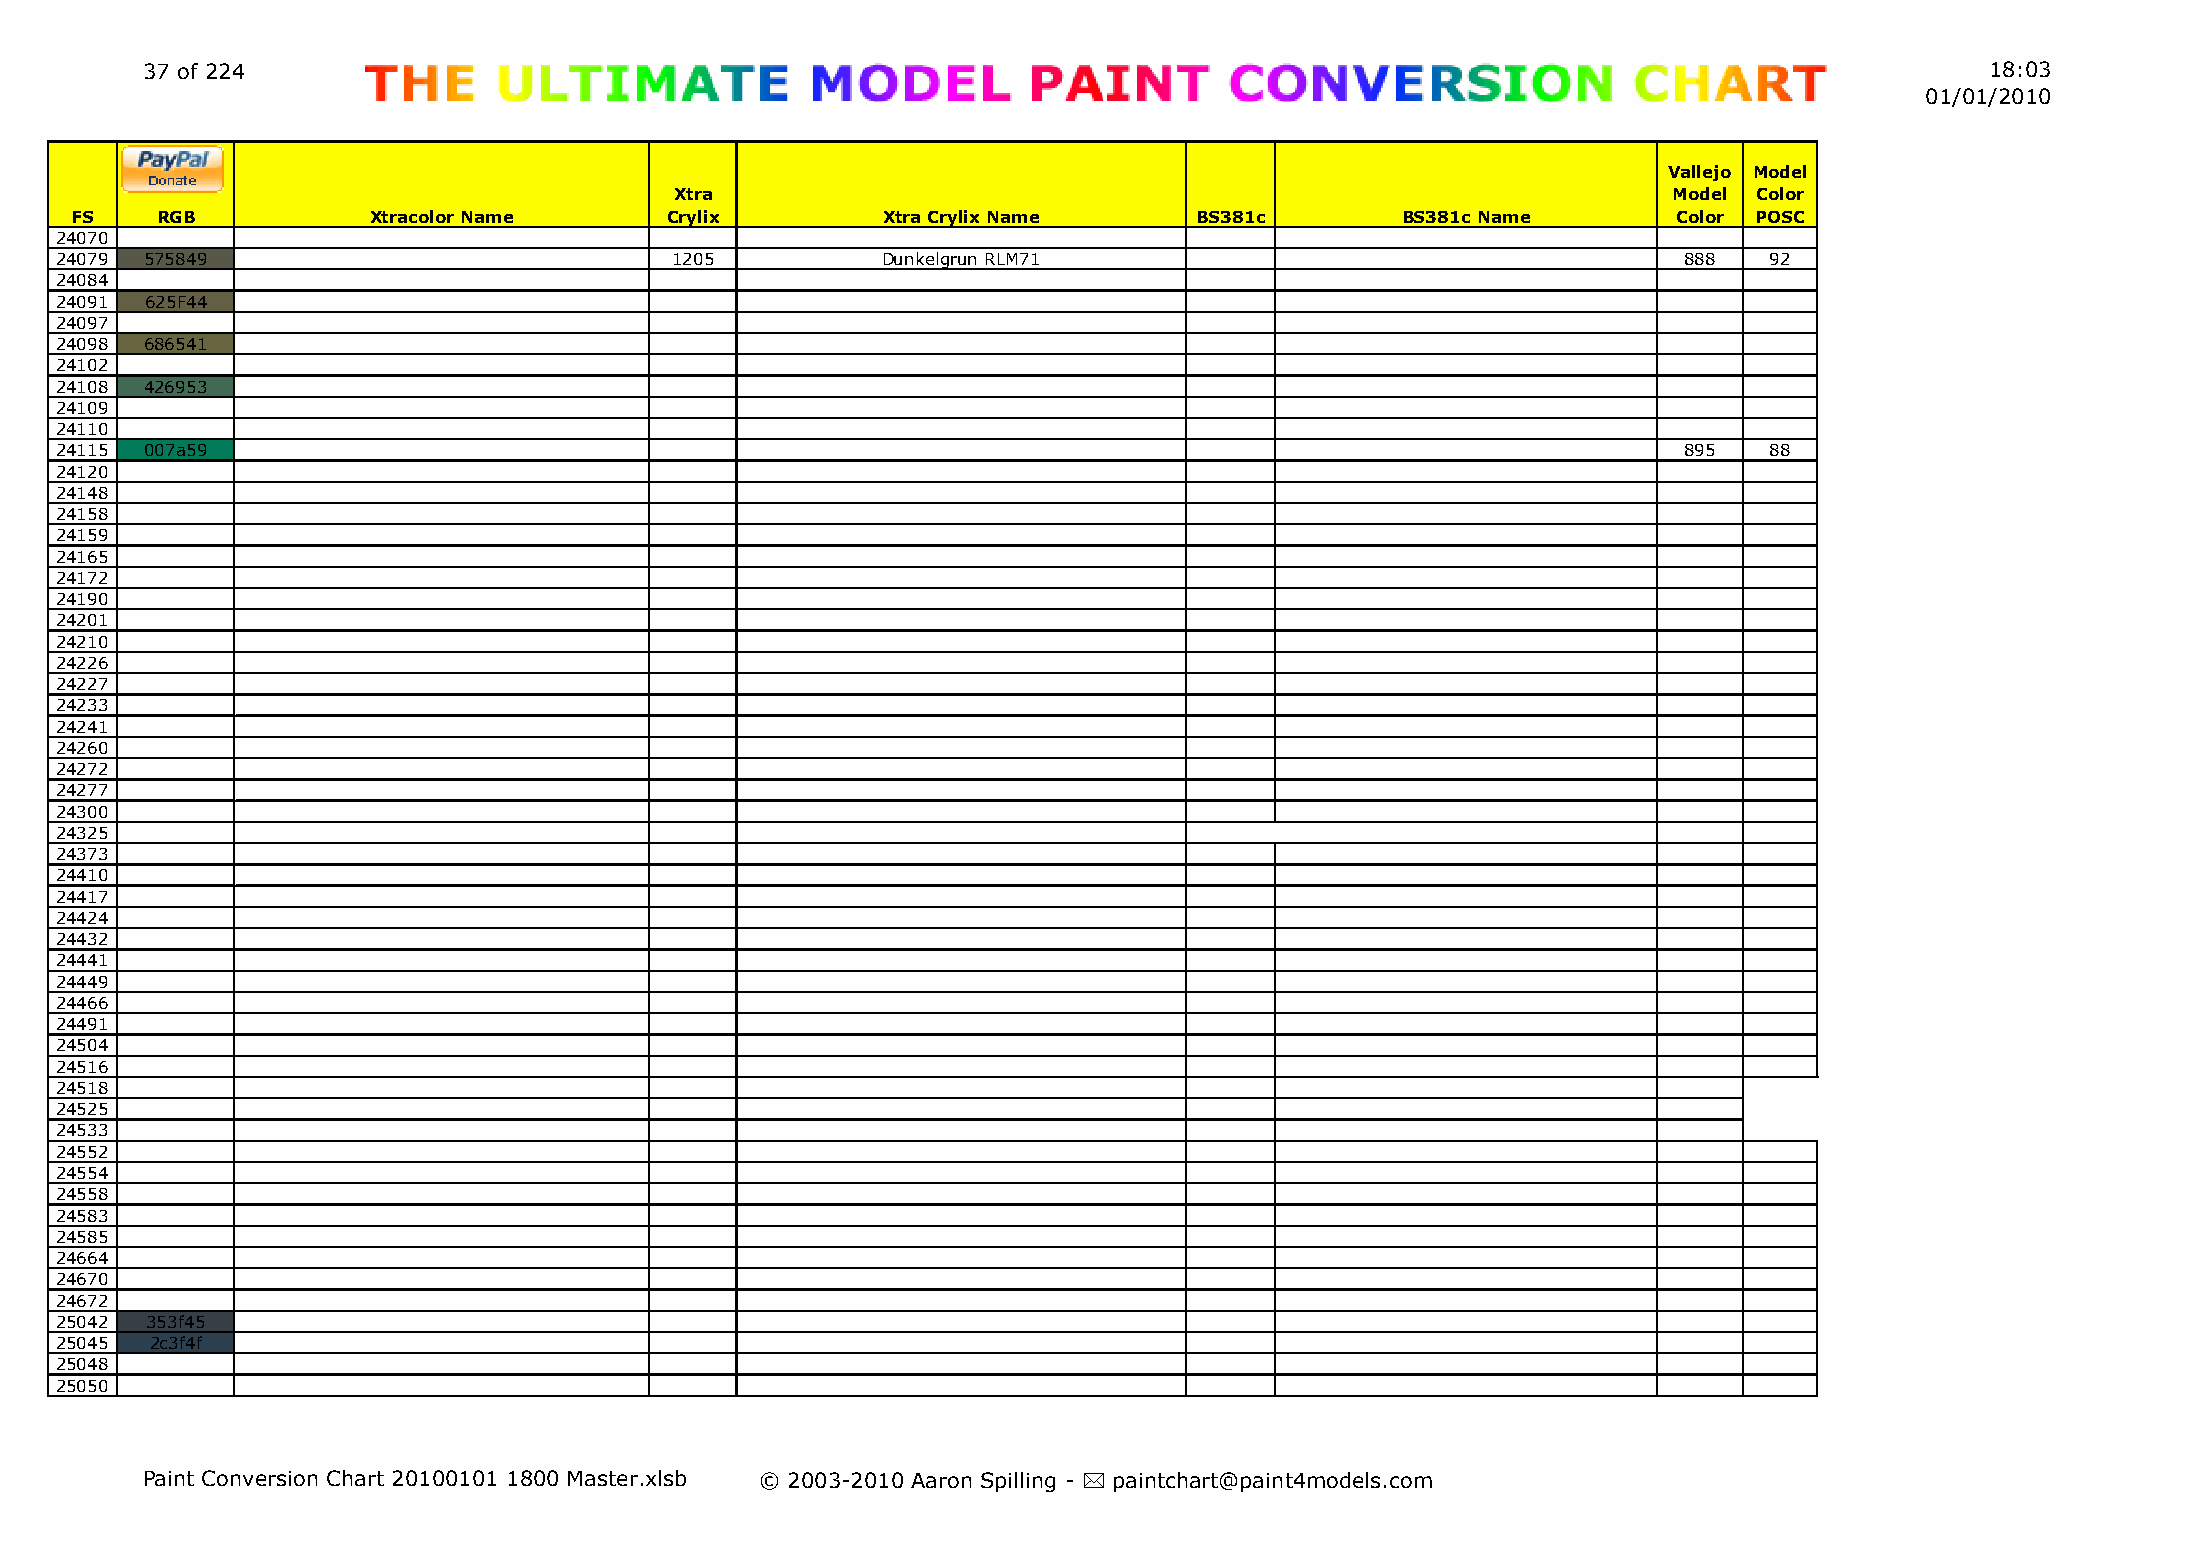
37 of 224                                                                                                                  18:03
 01/01/2010
 Vallejo Model
 Xtra                                                              Model Color
 FS   RGB           Xtracolor Name      Crylix        Xtra Crylix Name     BS381c        BS381c Name       Color POSC
 24070
 24079 575849                            1205          Dunkelgrun RLM71                                     888   92
 24084
 24091 625F44
 24097
 24098 686541
 24102
 24108 426953
 24109
 24110
 24115 007a59                                                                                               895   88
 24120
 24148
 24158
 24159
 24165
 24172
 24190
 24201
 24210
 24226
 24227
 24233
 24241
 24260
 24272
 24277
 24300
 24325
 24373
 24410
 24417
 24424
 24432
 24441
 24449
 24466
 24491
 24504
 24516
 24518
 24525
 24533
 24552
 24554
 24558
 24583
 24585
 24664
 24670
 24672
 25042 353f45
 25045 2c3f4f
 25048
 25050
 Paint Conversion Chart 20100101 1800 Master.xlsb © 2003-2010 Aaron Spilling - * paintchart@paint4models.com